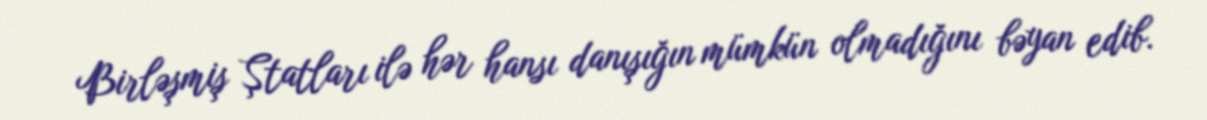
Birləşmiş Ştatları ilə hər hansı danışığın mümkün olmadığını bəyan edib.